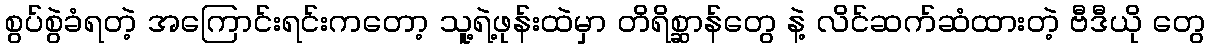
စွပ်စွဲခံရတဲ့ အကြောင်းရင်းကတော့ သူ့ရဲ့ဖုန်းထဲမှာ တိရိစ္ဆာန်တွေ နဲ့ လိင်ဆက်ဆံထားတဲ့ ဗီဒီယို တွေ